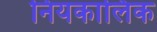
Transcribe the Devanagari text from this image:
नियकालिक